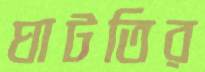
ঘাটতির